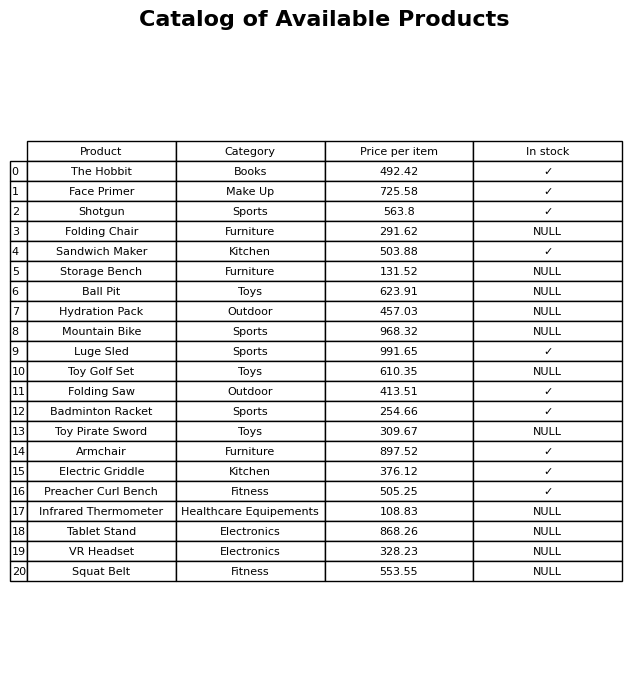
question: What is the stock status of the Tablet Stand?
answer: NULL